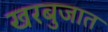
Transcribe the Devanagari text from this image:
खरबुजात